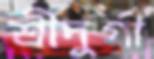
শ্রীদুর্গা